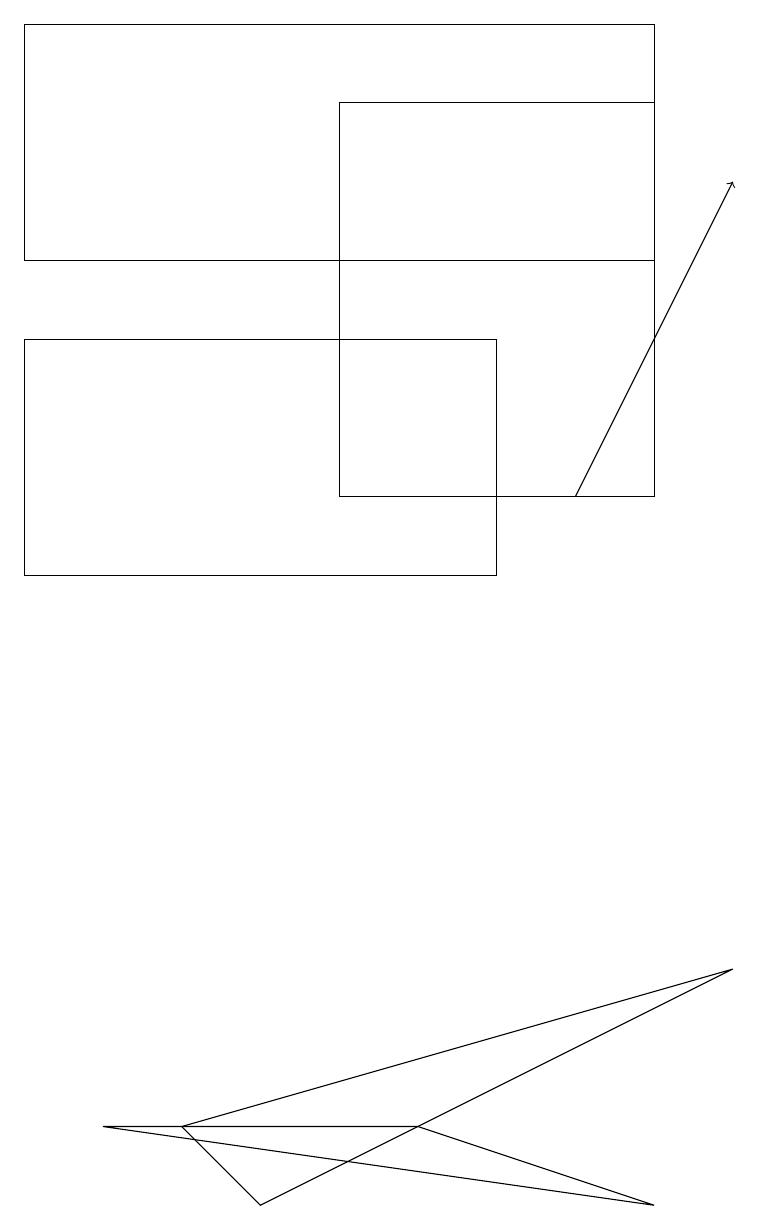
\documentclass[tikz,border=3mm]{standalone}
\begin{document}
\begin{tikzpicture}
\draw[->] (7,13) -- (9,17);
\draw (0,12) rectangle (6,15);
\draw (3,19) rectangle (7,19);
\draw (0,16) rectangle (8,19);
\draw (3,4) -- (2,5) -- (9,7) -- cycle;
\draw (8,18) rectangle (4,13);
\draw (8,4) -- (5,5) -- (1,5) -- cycle;
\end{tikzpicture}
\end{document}